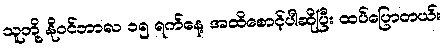
သူတို့ နိုဝင်ဘာလ ၁၅ ရက်နေ့ အထိစောင့်ပါဆိုပြီး ထပ်ပြောတယ်။